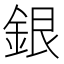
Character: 銀